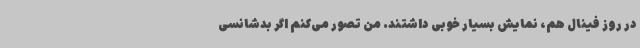
در روز فینال هم، نمایش بسیار خوبی داشتند. من تصور می‌کنم اگر بدشانسی